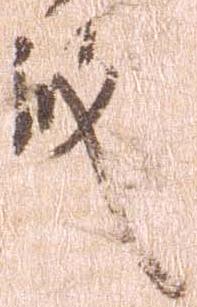
殿